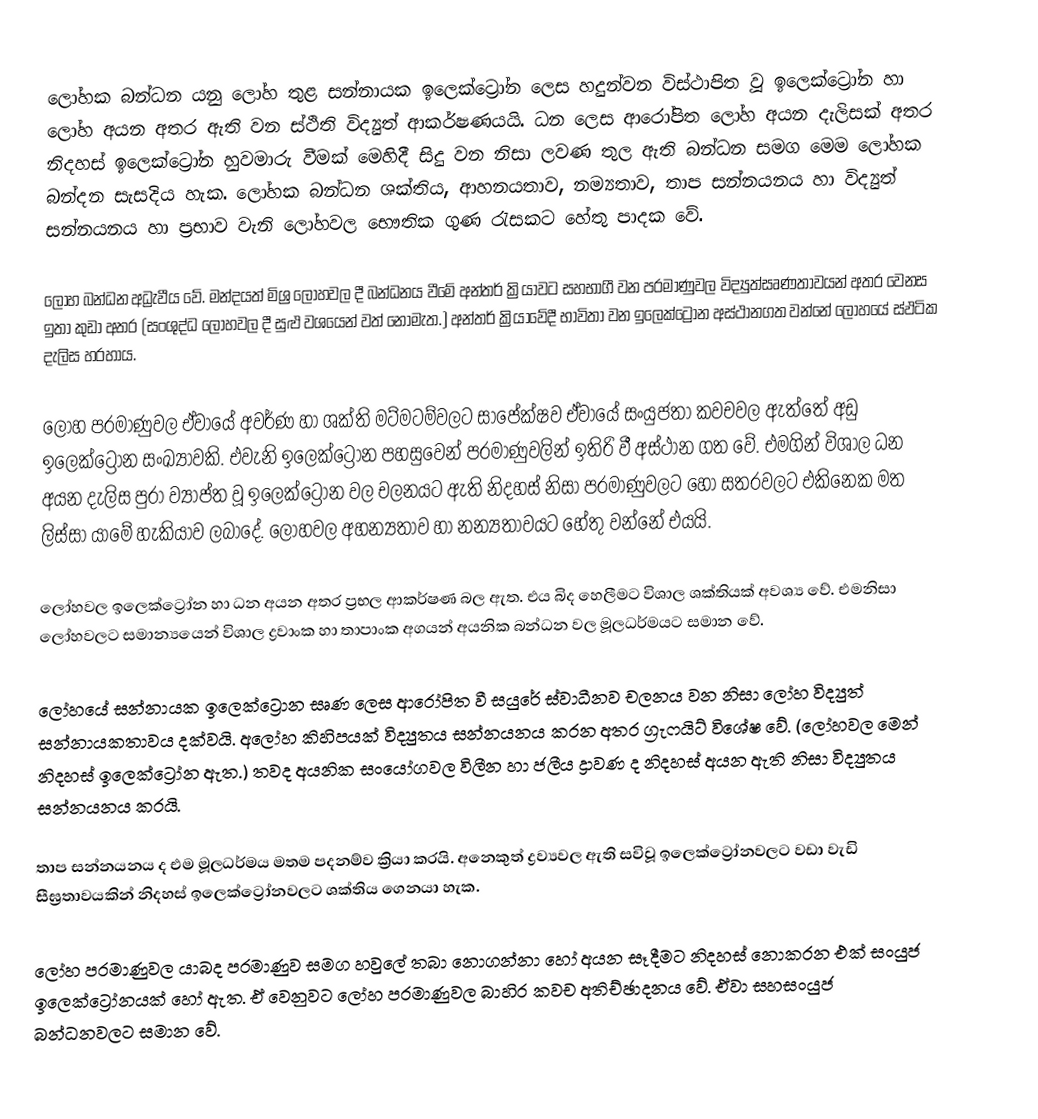
ලෝහක බන්ධන යනු ලෝහ තුළ සන්නායක ඉලෙක්ට්‍රෝන ලෙස හදුන්වන විස්ථාපිත වූ ඉලෙක්ට්‍රෝන හා ලෝහ අයන අතර ඇති වන ස්ථිති විද්‍යුත් ආකර්ෂණයයි. ධන ලෙස ආරෝපිත ලෝහ අයන දැලිසක් අතර නිදහස් ඉලෙක්ට්‍රෝන හුවමාරු වීමක් මෙහිදී සිදු වන නිසා ලවණ තුල ඇති බන්ධන සමග මෙම ලෝහක බන්දන සැසදිය හැක. ලෝහක බන්ධන ශක්තිය, ආහනයතාව, නම්‍යතාව, තාප සන්නයනය හා විද්‍යුත් සන්නයනය හා ප්‍රභාව වැනි ලෝහවල භෞතික ගුණ රැසකට හේතු පාදක වේ.

ලෝහ බන්ධන අධ්‍රැවීය වේ. මන්දයත් මිශ්‍ර ලෝහවල දී බන්ධනය වීමේ අන්තර් ක්‍රියාවට සහභාගී වන පරමාණුවල විද්‍යුත්සෘණතාවයන් අතර වෙනස ඉතා කුඩා අතර (සංශුද්ධ ලෝහවල දී සුළු වශයෙන් වත් නොමැත.) අන්තර් ක්‍රියාවේදී භාවිතා වන ඉලෙක්ට්‍රෝන අස්ථානගත වන්නේ ලෝහයේ ස්ඵටික දැලිස හරහාය.

ලෝහ පරමාණුවල ඒවායේ අවර්ණ හා ශක්ති මට්මටම්වලට සාපේක්ෂව ඒවායේ සංයුජතා කවචවල ඇත්තේ අඩු ඉලෙක්ට්‍රෝන සංඛ්‍යාවකි. එවැනි ඉලෙක්ට්‍රෝන පහසුවෙන් පරමාණුවලින් ඉතිරි වී අස්ථාන ගත වේ. එමගින් විශාල ධන අයන දැලිස පුරා ව්‍යාප්ත වූ ඉලෙක්ට්‍රෝන වල චලනයට ඇති නිදහස් නිසා පරමාණුවලට හෝ සතරවලට එකිනෙක මත ලිස්සා යාමේ හැකියාව ලබාදේ. ලෝහවල අහන්‍යතාව හා නන්‍යතාවයට හේතු වන්නේ එයයි.

ලෝහවල ඉලෙක්ට්‍රෝන හා ධන අයන අතර ප්‍රභල ආකර්ෂණ බල ඇත. එය බිද හෙලීමට විශාල ශක්තියක් අවශ්‍ය වේ. එමනිසා ලෝහවලට සමාන්‍යයෙන් විශාල ද්‍රවාංක හා තාපාංක අගයන් අයනික බන්ධන වල මූලධර්මයට සමාන වේ.

ලෝහයේ සන්නායක ඉලෙක්ට්‍රො‍්න සෘණ ලෙස අ‍ා‍රෝපිත වී සයුරේ ස්වාධීනව චලනය වන නිසා ලෝහ විද්‍යුත් සන්නායකතාවය දක්වයි. අලෝහ කිහිපයක් විද්‍යුතය සන්නයනය කරන අතර ග්‍රැෆයිට් විශේෂ වේ. (ලෝහවල මෙන් නිදහස් ඉලෙක්ට්‍රෝන ඇත.) තවද අයනික සංයෝගවල විලීන හා ජලීය ද්‍රාවණ ද නිදහස් අයන ඇති නිසා විද්‍යුතය සන්නයනය කරයි.

තාප සන්නයනය ද එම මූලධර්මය මතම පදනම්ව ක්‍රියා කරයි. අනෙකුත් ද්‍රව්‍යවල ඇති සවිවූ ඉලෙක්ට්‍රෝනවලට වඩා වැඩි සීඝ්‍රතාවයකින් නිදහස් ඉලෙක්ට්‍රෝනවලට ශක්තිය ගෙනයා හැක.

ලෝහ පරමාණුවල යාබද පරමාණුව සමග හවුලේ තබා නොගන්නා හෝ අයන සෑදීමට නිදහස් නොකරන එක් සංයුජ ඉලෙක්ට්‍රෝනයක් හෝ ඇත. ඒ වෙනුවට ලෝහ පරමාණුවල බාහිර කවච  අතිච්ඡාදනය වේ. ඒවා සහසංයුජ බන්ධනවලට සමාන වේ.